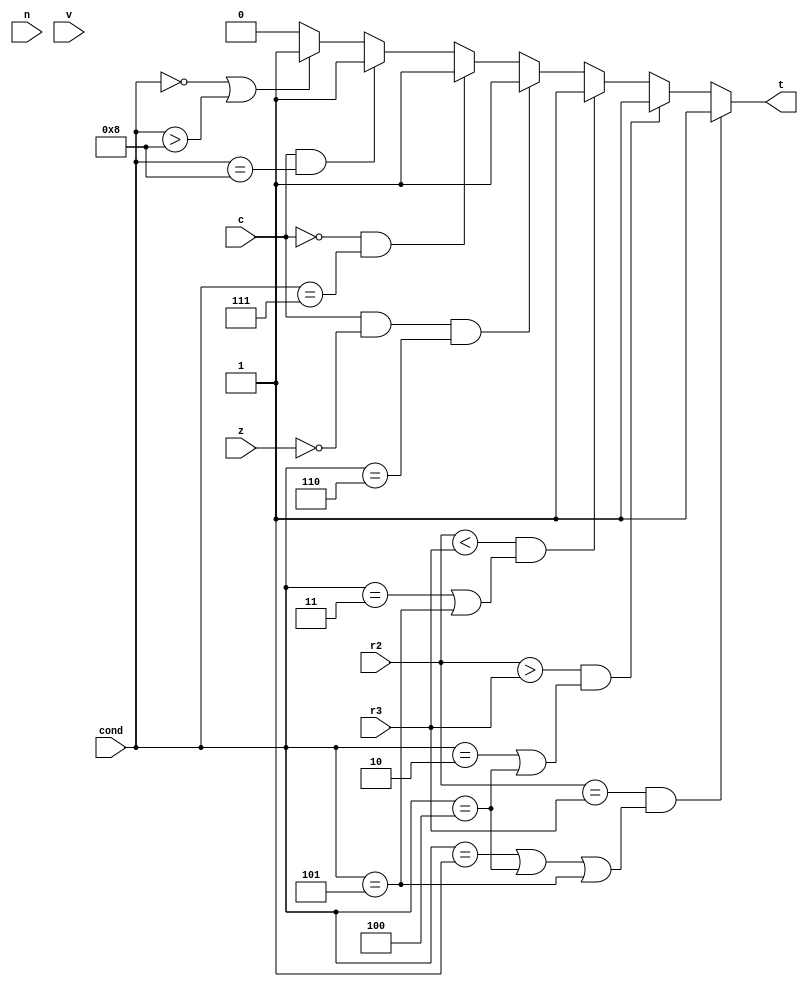
module cond(n, z, c, v, r2, r3, cond, t);
input n, z, c, v;
input [31:0] r2, r3;
input [3:0] cond;
output reg t;

always @*
begin

if ((r2==r3) && (cond == 4'b0001 || cond == 4'b0100 || cond == 4'b0101))
t = 1'b1;
else if ((r2>r3) && (cond == 4'b0010 || cond == 4'b0100))
t = 1'b1;
else if ((r2<r3) && (cond == 4'b0011 || cond == 4'b0101))
t = 1'b1;
else if ( (c==1 && z==0) && (cond == 4'b0110))
t = 1'b1;
else if ( (c==0) && (cond == 4'b0111))
t = 1'b1;
else if ( (c==1) && (cond == 4'b1000))
t = 1'b1;
else if ((cond == 4'b0000) || (cond>4'b1000))
t = 1'b1;
else
begin
t = 1'b0;
end

end

endmodule